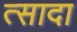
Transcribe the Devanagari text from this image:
त्सादा